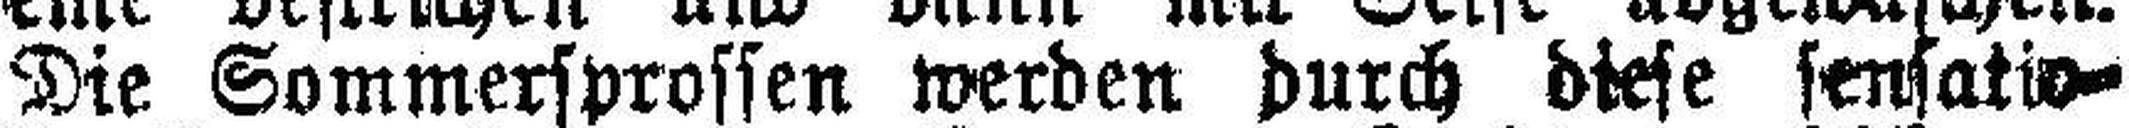
Die Sommersprossen werden durch diese sensatio¬